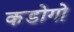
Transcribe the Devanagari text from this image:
कडोगो